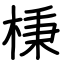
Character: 棅